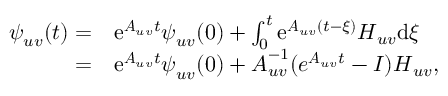
\begin{array} { r l } { \boldsymbol { \psi } _ { u v } ( t ) = } & { \mathrm { e } ^ { \boldsymbol { A } _ { u v } t } \boldsymbol { \psi } _ { u v } ( 0 ) + \int _ { 0 } ^ { t } \mathrm { e } ^ { \boldsymbol { A } _ { u v } ( t - \xi ) } \boldsymbol { H } _ { u v } \mathrm { d } \xi } \\ { = } & { \mathrm { e } ^ { \boldsymbol { A } _ { u v } t } \boldsymbol { \psi } _ { u v } ( 0 ) + \boldsymbol { A } _ { u v } ^ { - 1 } ( e ^ { \boldsymbol { A } _ { u v } t } - \boldsymbol { I } ) \boldsymbol { H } _ { u v } , } \end{array}